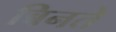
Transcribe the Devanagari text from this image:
बिनते